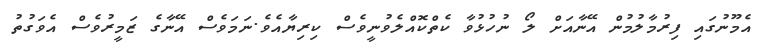
އެމޫނުގައި ފިރުމާލުމުން އޭނާއަށް ލޯ ނުހުޅުވާ ކެތްކޮއްލެވުނީވެސް ކިރިޔާއެވެ.ނަމަވެސް އޭނާގެ ޒަމީރުވެސް އެވަގުތު